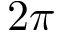
2 \pi